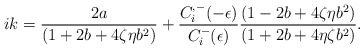
\begin{align*}ik=\frac{2a}{(1+2b+4\zeta\eta b^2)}+\frac{C_i^{,-}(-\epsilon)}{C_i^-(\epsilon)}\frac{(1-2b+4\zeta\eta b^2)}{(1+2b+4\eta\zeta b^2)}.\end{align*}